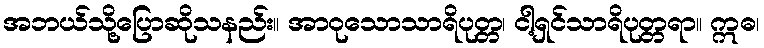
အဘယ်သို့ပြောဆိုသနည်း။ အာဝုသောသာရိပုတ္တ၊ ငါ့ရှင်သာရိပုတ္တရာ။ ဣဓ၊